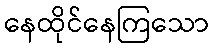
နေထိုင်နေကြသော